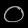
Digit: ၀